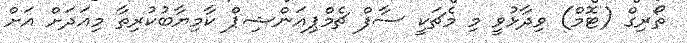
ތޯރިގް (ޓޮމް) ވިދާޅުވީ މި މެޗަކީ ސާފް ޗެމްޕިއަންޝިޕް ކާމިޔާބުކުރިތާ މިއަދަށް އަށް